Rules regarding the measures to be adopted on the outbreak of cholera or appearance of small-pox
Disease focus: Cholera
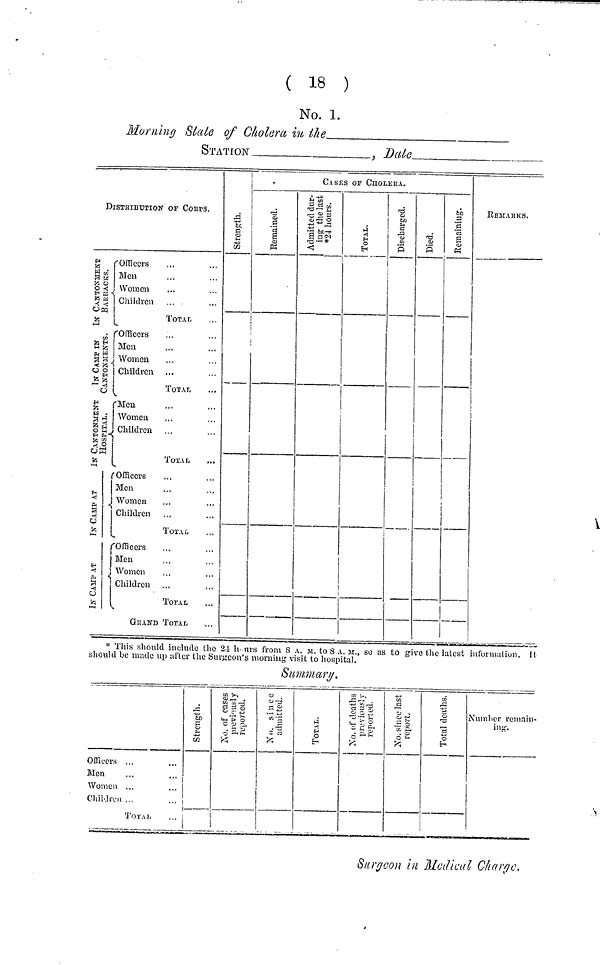
( 18 )
No. 1.
Morning State of Cholera in the
STATION
, Date
DISIRIBUTION OF CORPs.
In Cantonment
Barracks
In Camp in
Cantonments.
In Cantonments
Hospital.
In Camp at
In Camp at
Officers
Men
Women
Children
Officers
Men
Women
Children
Men
Women
Children
Officers
Mon
Women
Children
Officers
Men
Women
Children
...
...
...
...
Total
...
...
...
...
TOTAL
...
...
...
Total
...
...
...
...
TOTAL
...
...
...
...
TOTAL
Grand Total
...
...
...
...
...
...
...
...
...
...
...
...
...
...
...
...
...
...
...
...
...
...
...
...
Strength.
Case of Cholera
Remained Admitted dur
ing the last
*24 hours.
Total.
Discharged
Died.
Remaining
Remarks.
* This should include the 24 hours from 8 A. M. to 8 A.M., SO as to give the latest information. It
should be made up after the Surgeon's morning visit to hospital.
Summary.
Officers
Mon
Women
Children
...
...
...
...
TOTAL
...
...
...
...
...
Stemgth
No. of cases
previously
reported.
No. since
admitted.
Total
No. of deaths
previously
reported.
No. since last
report.
Total deaths
Number remain-
ing
Surgeon in Medical Charge.